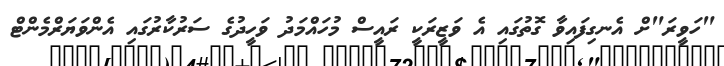
"ހަވީރަ"ށް އެނގިފައިވާ ގޮތުގައި އެ ވަޒީރަކީ ރައީސް މުހައްމަދު ވަހީދުގެ ސަރުކާރުގައި އެންވަޔަރްމެންޓް